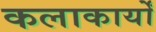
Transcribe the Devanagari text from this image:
कलाकार्यों